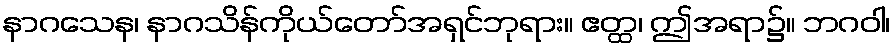
နာဂသေန၊ နာဂသိန်ကိုယ်တော်အရှင်ဘုရား။ ဧတ္ထ၊ ဤအရာ၌။ ဘဂဝါ၊